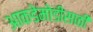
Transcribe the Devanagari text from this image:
आकडेमोडीसाठी